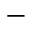
-